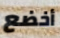
أخضع